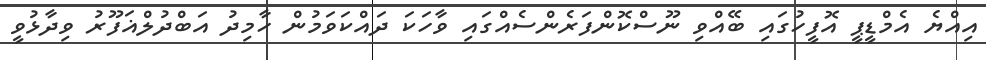
އިއްޔެ އެމްޑީޕީ އޮފީހުގައި ބޭއްވި ނޫސްކޮންފަރެންސެއްގައި ވާހަކަ ދައްކަވަމުން ހާމިދު އަބްދުލްޣަފޫރު ވިދާޅުވީ